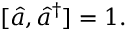
[ { \hat { a } } , { \hat { a } } ^ { \dagger } ] = 1 .